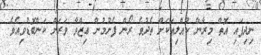
ނިދިފައި އޮތް މިރާން ކުއްލިއަކަށް ތެދުވެ ރޯން ފެށުމުން ޢިޒްވާ ވަރަށް ކަންބޮޑުވިއެވެ.